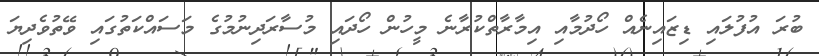
ބުރަ އުފުލައި ޑިޒައިނެއް ހޯދުމާއި އިމާރާތްކުރާނެ މީހުން ހޯދައި މުސާރަދިނުމުގެ މަސައްކަތުގައި ވޭތުވެދިޔަ